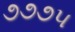
૭૭૭૫